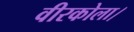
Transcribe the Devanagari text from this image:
वीरकोला।